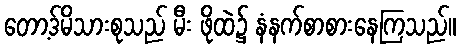
တော့ဒ်မိသားစုသည် မီး ဖိုထဲ၌ နံနက်စာစားနေကြသည်။